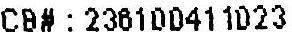
CB# : 236100411023